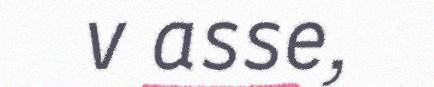
v asse,